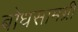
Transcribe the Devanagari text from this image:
बोधसामग्री